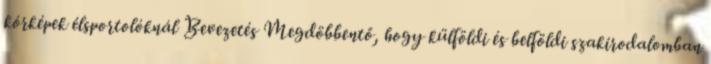
kórképek élsportolóknál Bevezetés Megdöbbentő, hogy külföldi és belföldi szakirodalomban